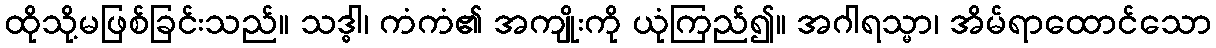
ထိုသို့မဖြစ်ခြင်းသည်။ သဒ္ဓါ၊ ကံကံ၏ အကျိုးကို ယုံကြည်၍။ အဂါရသ္မာ၊ အိမ်ရာထောင်သော